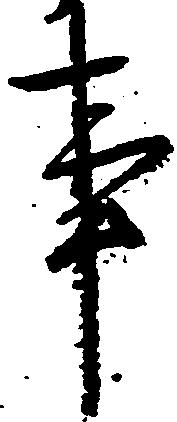
事